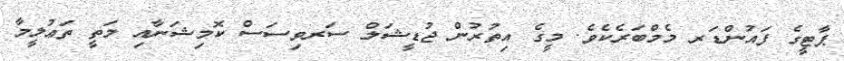
ޕާޓީގެ ފައުންޑަރ މެމްބަރެކެވެ. މީގެ އިތުރުން ޖުޑީޝަލް ސަރވިސަސް ކޮމިޝަނާއި މަތީ ތަޢުލީމާ